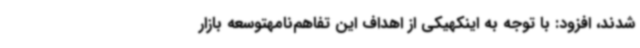
شدند، افزود: با توجه به اینکهیکی از اهداف این تفاهم‌نامهتوسعه بازار